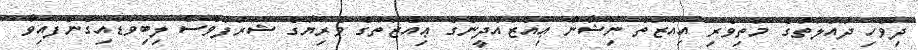
ދިވެހި ދައުލަތުގެ މަތިވެރި އިއްޒަތް ނިޝާން ޢިއްޒުއްދީންގެ ޢިއްޒަތުގެ ވެރިޔާގެ ޝަރަފުވެސް ލިބިވަޑައިގެންފައިވާ